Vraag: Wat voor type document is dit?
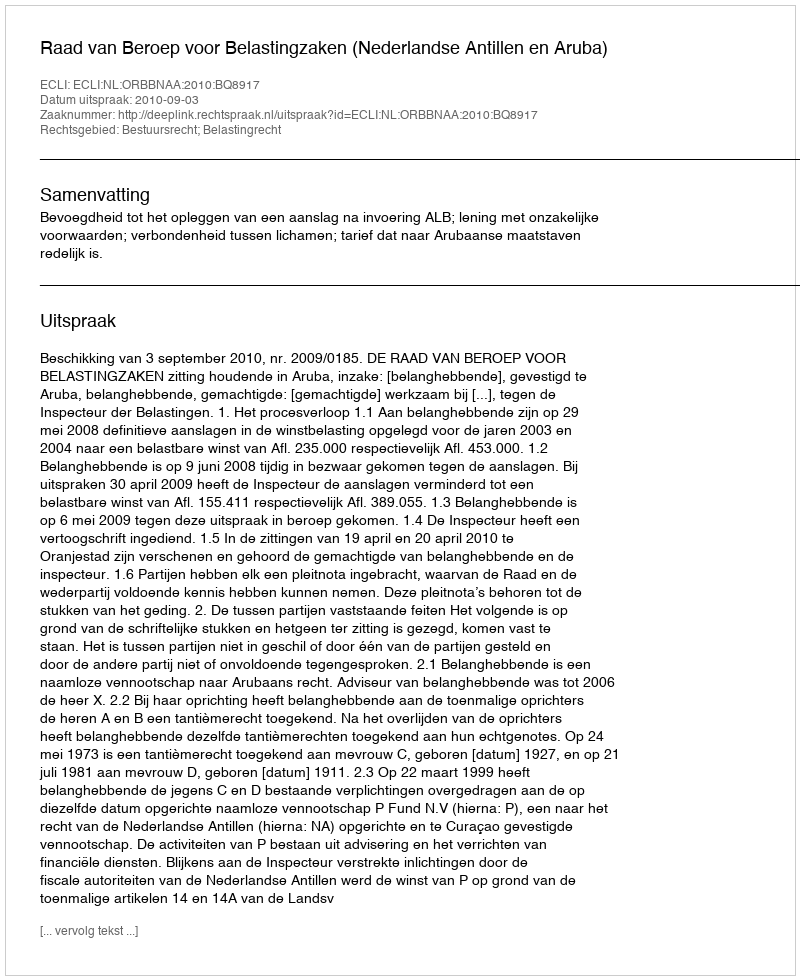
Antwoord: Uitspraak